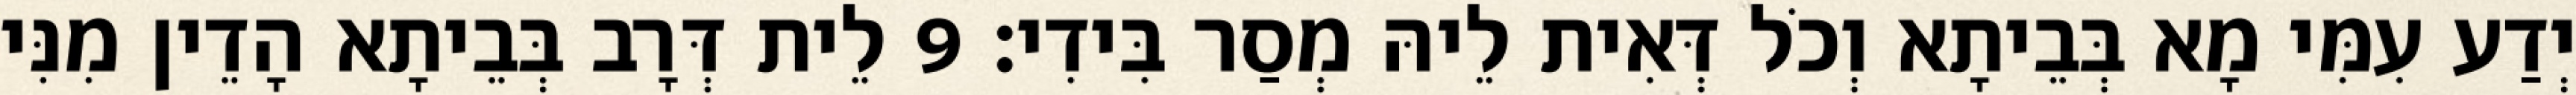
יְדַע עִמִּי מָא בְּבֵיתָא וְכֹל דְּאִית לֵיהּ מְסַר בִּידִי׃ 9 לֵית דְּרָב בְּבֵיתָא הָדֵין מִנִּי